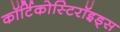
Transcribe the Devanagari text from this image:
कॉर्टिकोस्टिरॉइड्स